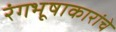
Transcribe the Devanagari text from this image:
रंगभूषाकारांचे